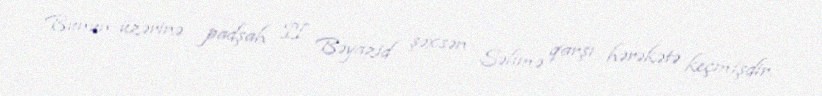
Bunun üzərinə padşah II Bəyazid şəxsən Səlimə qarşı hərəkətə keçmişdir.